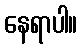
နေရာပါ။